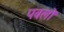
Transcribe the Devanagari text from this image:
पबलो